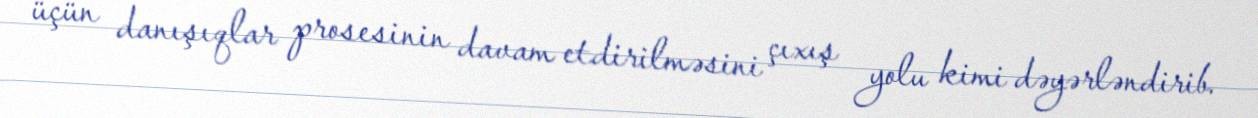
üçün danışıqlar prosesinin davam etdirilməsini çıxış yolu kimi dəyərləndirib.